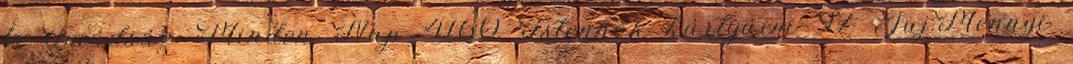
6 Imádság Minden Nap 4160 Istennők kártyáim 97 Juj.Mennyi